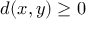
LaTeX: d ( x , y ) \geq 0